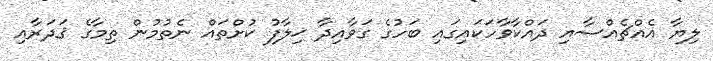
ލިޔާ އެއްޗެއްސާއި ދައްކާވާހަކައިގައި ބަހުގެ ގަވާއިދާ ޚިލާފު ކުށްތައް ނެތުމުން ތިމާގެ ޤަދަރާއި